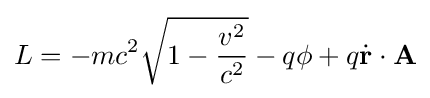
L=-mc^{2}{\sqrt {1-{\frac {v^{2}}{c^{2}}}}}-q\phi +q{\dot {\mathbf {r} }}\cdot \mathbf {A}